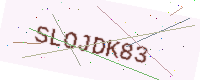
Text: SLOJDK83